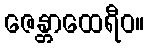
ဇေန္တာထေရီဝ။